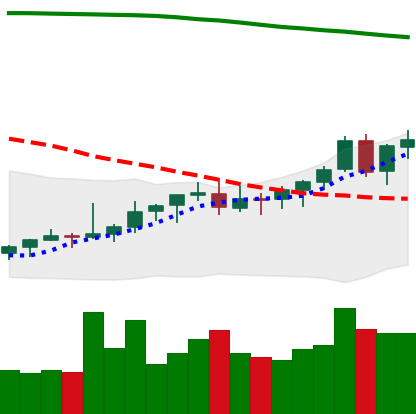
Ticker: EOS-USD
Chart end date: 2021-08-10
Forward return: 23.81%
Label: up_7plus